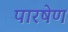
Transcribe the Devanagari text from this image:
पारषेण